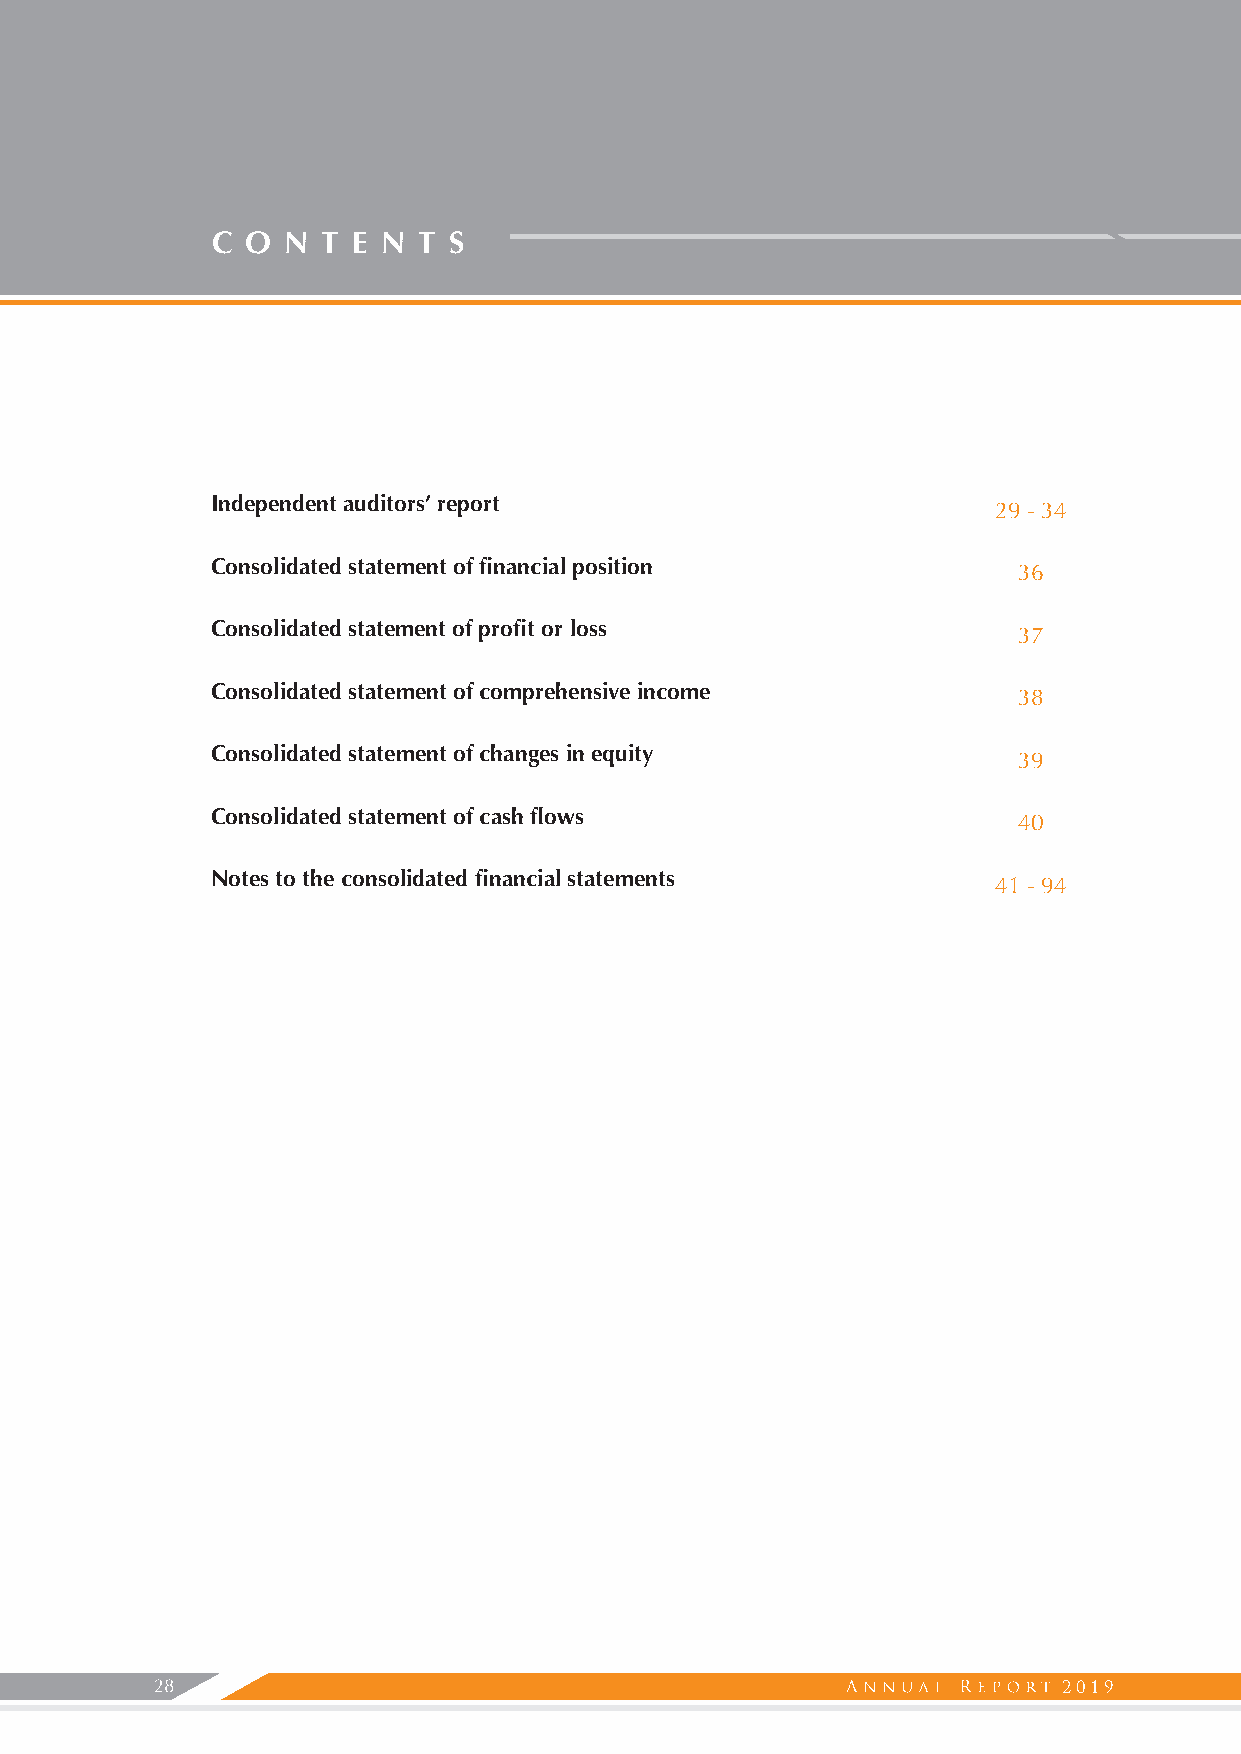
C O  N T E N  T S
 Independent auditors’ report
 29 - 34
 Consolidated statement of financial position
 36
 Consolidated statement of profit or loss
 37
 Consolidated statement of comprehensive income
 38
 Consolidated statement of changes in equity
 39
 Consolidated statement of cash flows
 40
 Notes to the consolidated financial statements
 41 - 94
 28                                                          2019